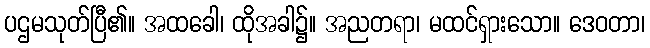
ပဌမသုတ်ပြီ၏။ အထခေါ၊ ထိုအခါ၌။ အညတရာ၊ မထင်ရှားသော။ ဒေဝတာ၊